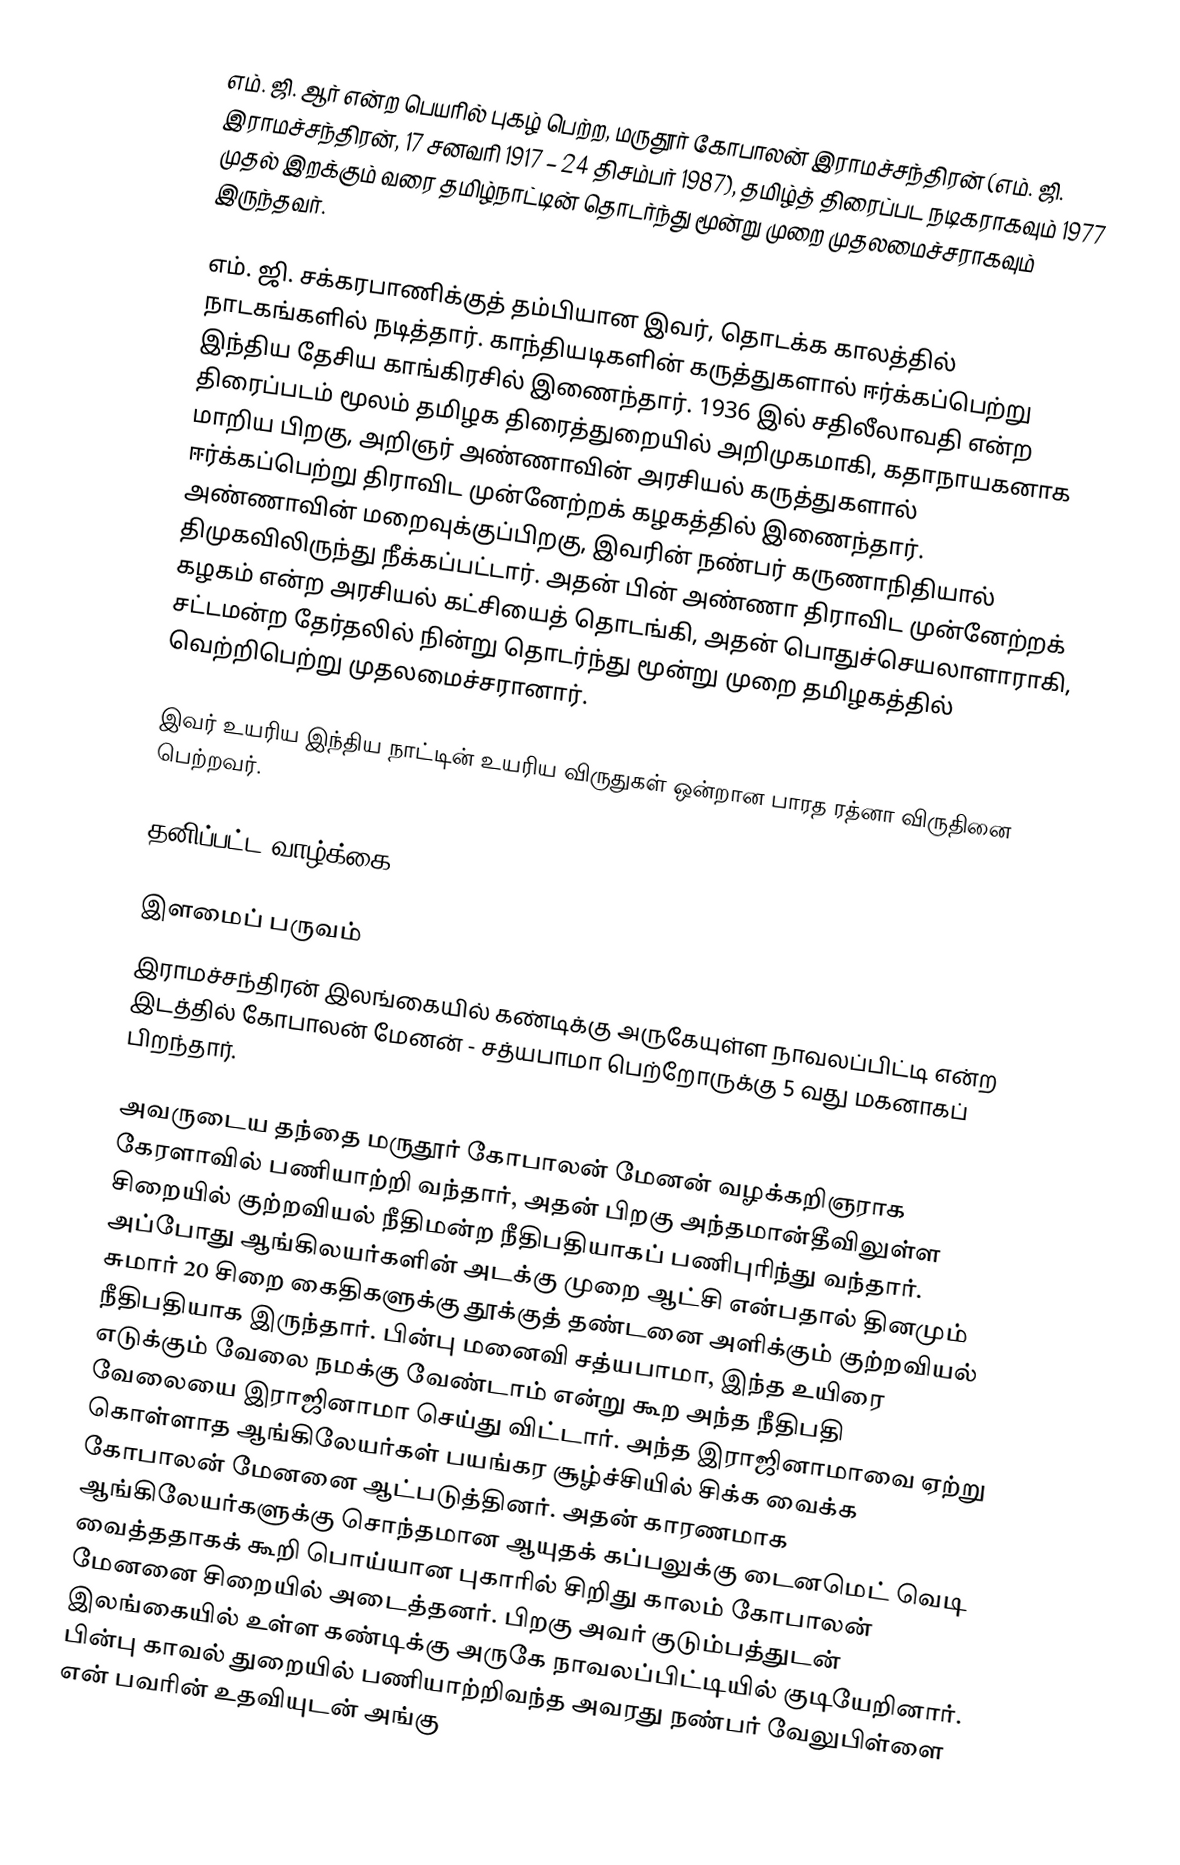
எம். ஜி. ஆர் என்ற பெயரில் புகழ் பெற்ற, மருதூர் கோபாலன் இராமச்சந்திரன் (எம். ஜி. இராமச்சந்திரன், 17 சனவரி 1917 – 24 திசம்பர் 1987), தமிழ்த் திரைப்பட நடிகராகவும் 1977 முதல் இறக்கும் வரை தமிழ்நாட்டின் தொடர்ந்து மூன்று முறை முதலமைச்சராகவும் இருந்தவர்.

எம். ஜி. சக்கரபாணிக்குத் தம்பியான இவர், தொடக்க காலத்தில் நாடகங்களில் நடித்தார். காந்தியடிகளின் கருத்துகளால் ஈர்க்கப்பெற்று இந்திய தேசிய காங்கிரசில் இணைந்தார். 1936 இல் சதிலீலாவதி என்ற திரைப்படம் மூலம் தமிழக திரைத்துறையில் அறிமுகமாகி, கதாநாயகனாக மாறிய பிறகு, அறிஞர் அண்ணாவின் அரசியல் கருத்துகளால் ஈர்க்கப்பெற்று திராவிட முன்னேற்றக் கழகத்தில் இணைந்தார். அண்ணாவின் மறைவுக்குப்பிறகு, இவரின் நண்பர் கருணாநிதியால் திமுகவிலிருந்து நீக்கப்பட்டார். அதன் பின் அண்ணா திராவிட முன்னேற்றக் கழகம் என்ற அரசியல் கட்சியைத் தொடங்கி, அதன் பாெதுச்செயலாளாராகி, சட்டமன்ற தேர்தலில் நின்று தொடர்ந்து மூன்று முறை தமிழகத்தில் வெற்றிபெற்று முதலமைச்சரானார்.

இவர் உயரிய இந்திய நாட்டின் உயரிய விருதுகள் ஒன்றான பாரத ரத்னா விருதினை பெற்றவர்.

தனிப்பட்ட வாழ்க்கை

இளமைப் பருவம்
இராமச்சந்திரன் இலங்கையில் கண்டிக்கு அருகேயுள்ள நாவலப்பிட்டி என்ற இடத்தில் கோபாலன் மேனன் - சத்யபாமா பெற்றோருக்கு 5 வது மகனாகப் பிறந்தார்.

அவருடைய தந்தை மருதூர் கோபாலன் மேனன் வழக்கறிஞராக கேரளாவில் பணியாற்றி வந்தார், அதன் பிறகு அந்தமான்தீவிலுள்ள சிறையில் குற்றவியல் நீதிமன்ற நீதிபதியாகப் பணிபுரிந்து வந்தார். அப்போது ஆங்கிலயர்களின் அடக்கு முறை ஆட்சி என்பதால் தினமும் சுமார் 20 சிறை கைதிகளுக்கு தூக்குத் தண்டனை அளிக்கும் குற்றவியல் நீதிபதியாக இருந்தார். பின்பு மனைவி சத்யபாமா, இந்த உயிரை எடுக்கும் வேலை நமக்கு வேண்டாம் என்று கூற அந்த நீதிபதி வேலையை இராஜினாமா செய்து விட்டார். அந்த இராஜினாமாவை ஏற்று கொள்ளாத ஆங்கிலேயர்கள் பயங்கர சூழ்ச்சியில் சிக்க வைக்க கோபாலன் மேனனை ஆட்படுத்தினர். அதன் காரணமாக ஆங்கிலேயர்களுக்கு சொந்தமான ஆயுதக் கப்பலுக்கு டைனமெட் வெடி வைத்ததாகக் கூறி பொய்யான புகாரில் சிறிது காலம் கோபாலன் மேனனை சிறையில் அடைத்தனர். பிறகு அவர் குடும்பத்துடன் இலங்கையில் உள்ள கண்டிக்கு அருகே நாவலப்பிட்டியில் குடியேறினார். பின்பு காவல் துறையில் பணியாற்றிவந்த அவரது நண்பர் வேலுபிள்ளை என் பவரின் உதவியுடன் அங்கு